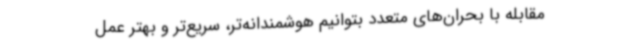
مقابله با بحران‌های متعدد بتوانیم هوشمندانه‌تر، سریع‌تر و بهتر عمل